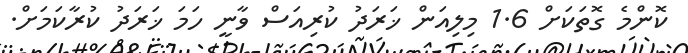
ކޮންމެ ގޮތަކަށް 1.6 މިލިއަން ޚަރަދު ކުރިއަސް ވާނީ ހަމަ ޚަރަދު ކުރާކަމަށް.